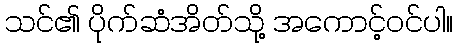
သင်၏ ပိုက်ဆံအိတ်သို့ အကောင့်ဝင်ပါ။